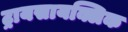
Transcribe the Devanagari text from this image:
ट्रायसायक्लिक